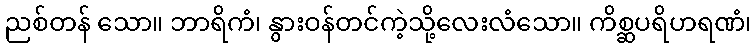
ညစ်တန် သော။ ဘာရိကံ၊ နွားဝန်တင်ကဲ့သို့လေးလံသော။ ကိစ္ဆပရိဟရဏံ၊